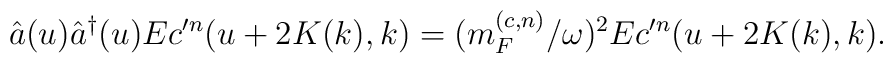
\hat{a}(u)\hat{a}^{\dagger}(u)Ec^{\prime n}(u+2K(k),k)=(m_F^{(c,n)}/\omega)^2Ec^{\prime n}(u+2K(k),k).